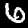
Label: 6